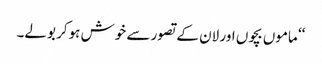
‘‘ ماموں بچوں اور لان کے تصور سے خوش ہوکر بولے۔